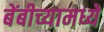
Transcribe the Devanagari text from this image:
बेंबीच्यामध्ये